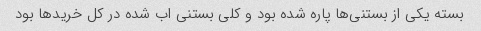
بسته یکی از بستنی‌ها پاره شده بود و کلی بستنی اب شده در کل خرید‌ها بود